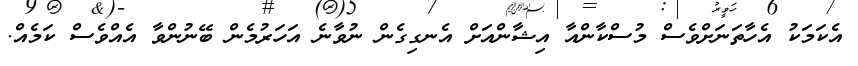
އެކަމަކު އެހާތަނަށްވެސް މުސްކާންއާ އިޝާންއަށް އެނގިގެން ނުވާނެ އަހަރުމެން ބޭނުންވާ އެއްވެސް ކަމެއް.